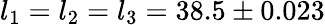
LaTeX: l_{1}=l_{2}=l_{3}=38.5\pm 0.023